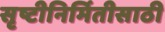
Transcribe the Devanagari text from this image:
सृष्टीनिर्मितीसाठी